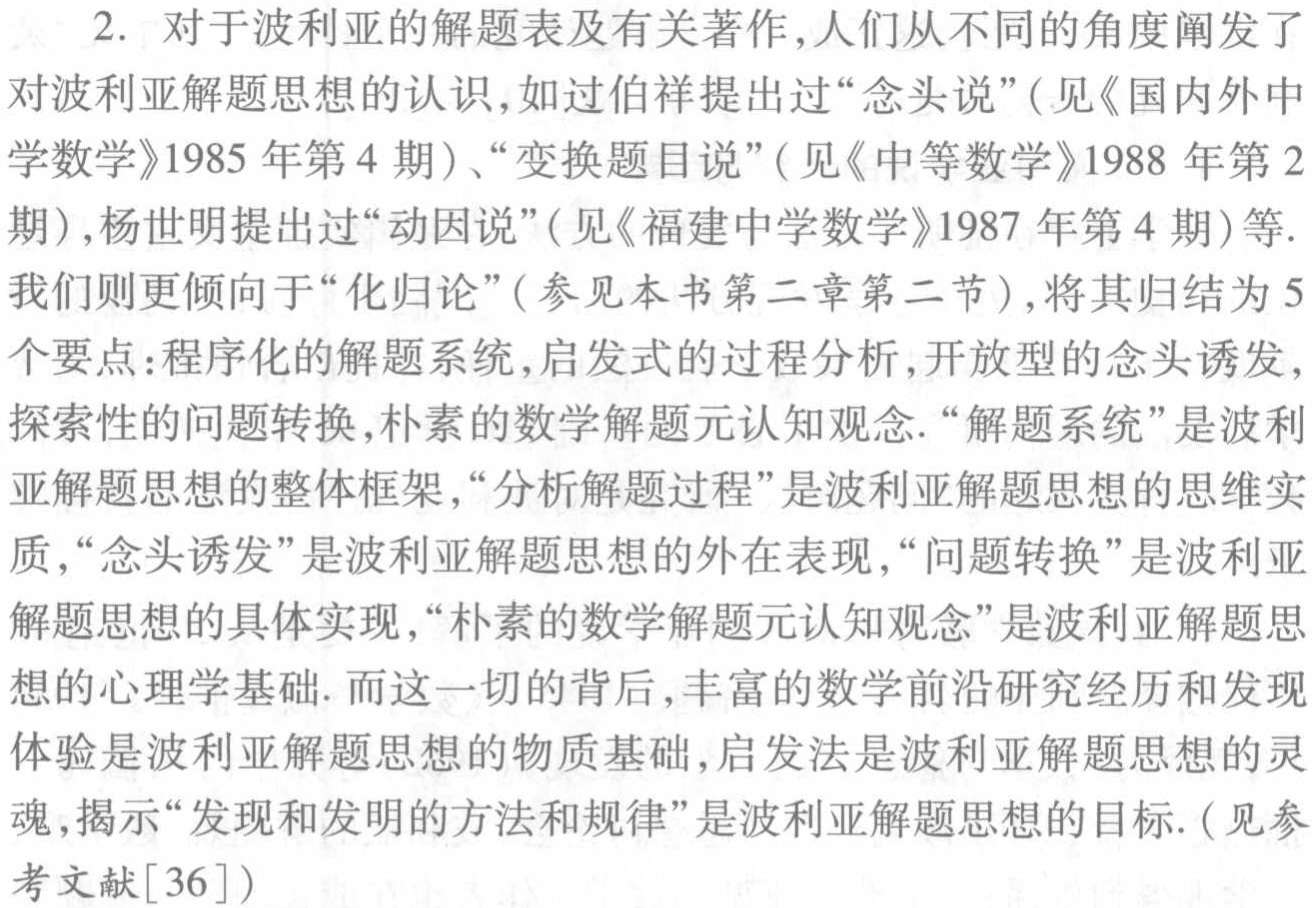
2. 对于波利亚的解题表及有关著作,人们从不同的角度阐发了对波利亚解题思想的认识,如过伯祥提出过“念头说”(见《国内外中学数学》1985 年第 4 期)、“变换题目说”(见《中等数学》1988 年第 2 期),杨世明提出过“动因说”(见《福建中学数学》1987 年第 4 期)等.
我们则更倾向于“化归论”(参见本书第二章第二节),将其归结为 5个要点:程序化的解题系统,启发式的过程分析,开放型的念头诱发,探索性的问题转换,朴素的数学解题元认知观念.“解题系统”是波利亚解题思想的整体框架,“分析解题过程”是波利亚解题思想的思维实质,“念头诱发”是波利亚解题思想的外在表现,“问题转换”是波利亚解题思想的具体实现,“朴素的数学解题元认知观念”是波利亚解题思想的心理学基础. 而这一切的背后,丰富的数学前沿研究经历和发现体验是波利亚解题思想的物质基础,启发法是波利亚解题思想的灵魂,揭示“发现和发明的方法和规律”是波利亚解题思想的目标.(见参考文献[36])